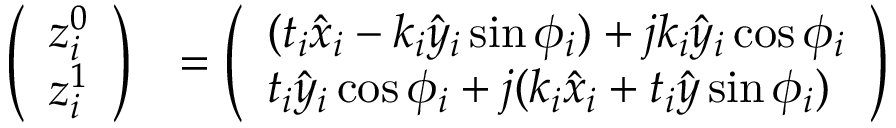
\begin{array} { r l } { \left( \begin{array} { l } { z _ { i } ^ { 0 } } \\ { z _ { i } ^ { 1 } } \end{array} \right) } & { = \left( \begin{array} { l } { ( t _ { i } \hat { x } _ { i } - k _ { i } \hat { y } _ { i } \sin \phi _ { i } ) + j k _ { i } \hat { y } _ { i } \cos \phi _ { i } } \\ { t _ { i } \hat { y } _ { i } \cos \phi _ { i } + j ( k _ { i } \hat { x } _ { i } + t _ { i } \hat { y } \sin \phi _ { i } ) } \end{array} \right) } \end{array}